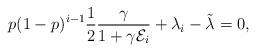
LaTeX: \begin{align*}p(1-p)^{i-1}\frac{1}{2}\frac{\gamma}{1+\gamma\mathcal{E}_i}+\lambda_i-\tilde{\lambda}=0,\end{align*}